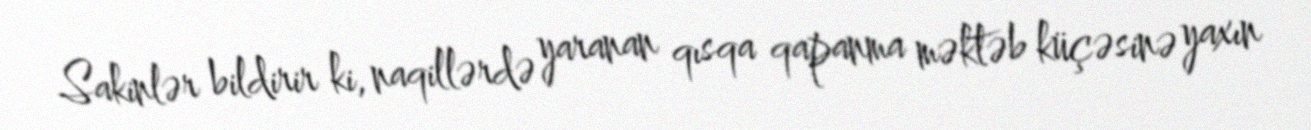
Sakinlər bildirir ki, naqillərdə yaranan qısqa qapanma məktəb küçəsinə yaxın